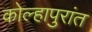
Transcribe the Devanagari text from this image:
कोल्हापुरांत